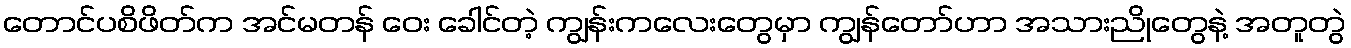
တောင်ပစိဖိတ်က အင်မတန် ဝေး ခေါင်တဲ့ ကျွန်းကလေးတွေမှာ ကျွန်တော်ဟာ အသားညိုတွေနဲ့ အတူတွဲ